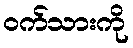
ဝက်သားကို